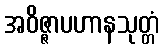
အဝိဇ္ဇာပဟာနသုတ္တံ